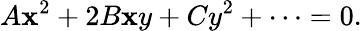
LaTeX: A\mathbf{x}^{2}+2B\mathbf{x}y+Cy^{2}+\cdots=0.